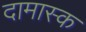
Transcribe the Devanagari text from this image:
दामास्क